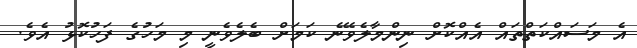
އެ މަސައްކަތްތައް އެއްކޮށް ނިންމާލެވޭނެ ކަމަށް ބެލެވެނީ މި މަހުގެ ފަހުކޮޅު އެވެ.